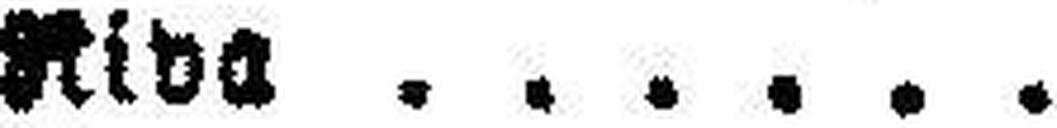
Nida